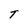
Character: T